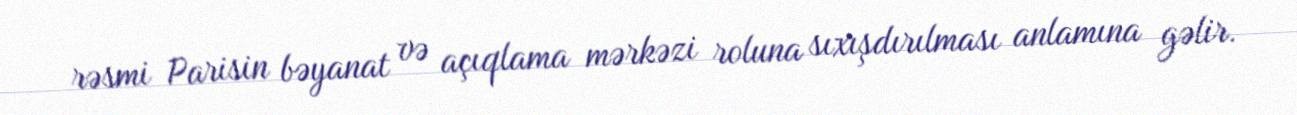
rəsmi Parisin bəyanat və açıqlama mərkəzi roluna sıxışdırılması anlamına gəlir.